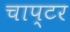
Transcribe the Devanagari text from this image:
चाप्टर